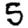
Digit: 5